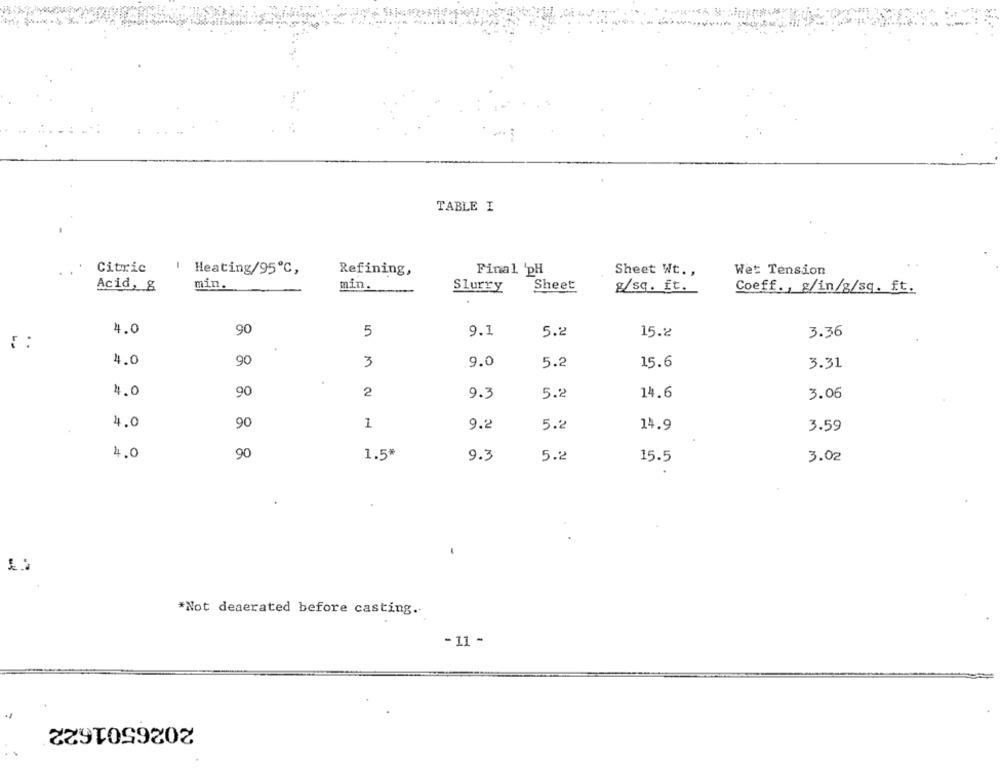
TABLE I
Citric
Heating/95℃,
Refining,
Final 'pH
Sheet Wt .,
Wet Tension
min.
Acid, 8
min.
Slurry
Sheet
8/sq. ft.
Coeff ., g/in/g/sq. ft.
4.0
90
9.1
5
5.2
15.2
3.36
4.0
90
3
9.0
15.6
5.2
3.31
4.0
2
90
9.3
5.2
14.6
3.06
4.0
90
1
9.2
5.2
14.9
3.59
90
4.0
1.5*
9.3
5.2
15.5
3.02
*Not deaerated before casting ..
- 11 -
2026501622